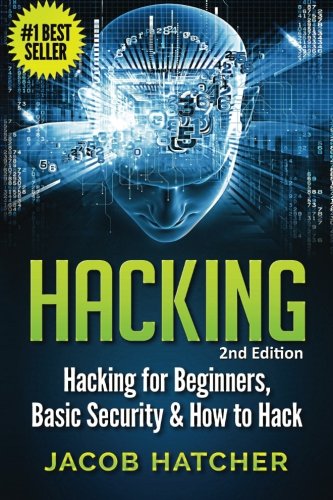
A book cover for Hacking: Hacking For Beginners and Basic Security: How To Hack; Jacob Hatcher; Computers & Technology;